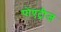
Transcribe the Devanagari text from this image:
पोएट्रीज